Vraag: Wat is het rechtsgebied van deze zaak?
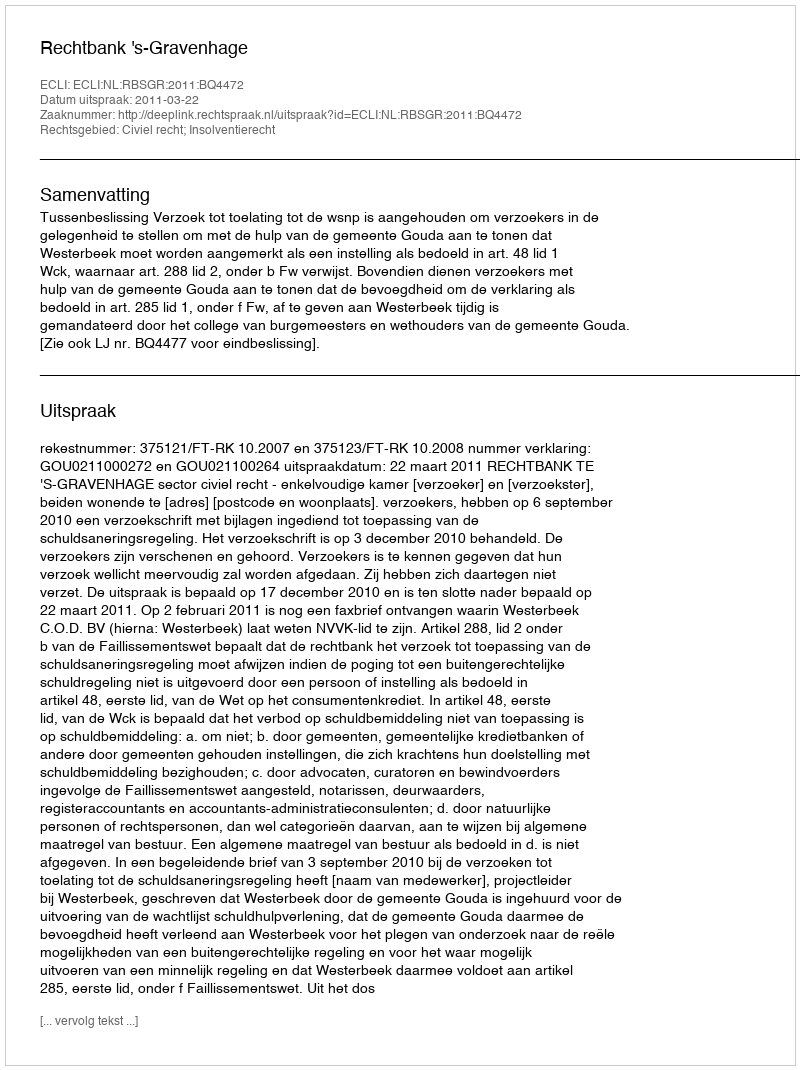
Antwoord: Civiel recht; Insolventierecht